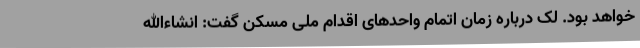
خواهد بود. لک درباره زمان اتمام واحدهای اقدام ملی مسکن گفت: انشاءالله